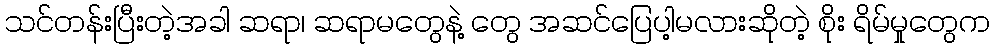
သင်တန်းပြီးတဲ့အခါ ဆရာ၊ ဆရာမတွေနဲ့ တွေ အဆင်ပြေပါ့မလားဆိုတဲ့ စိုး ရိမ်မှုတွေက